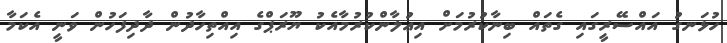
ހުޅަނގު އައްސޭރީގައި ގެތައް ބިނާކުރުމަށް އިޢުލާންކުރުމާއެކު ޔޫރަޕްގެ އިއްތިހާދުން ދާދިފަހުން ވަނީ އެކަމާ